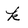
Character: k